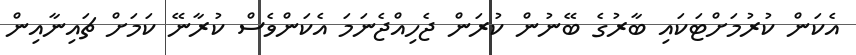
އެކަން ކުރުމަށްޓަކައި ބާރުގެ ބޭނުން ކުރަން ޖެހިއްޖެނަމަ އެކަންވެސް ކުރާނޭ ކަމަށް ޗައިނާއިން